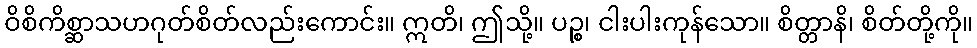
ဝိစိကိစ္ဆာသဟဂုတ်စိတ်လည်းကောင်း။ ဣတိ၊ ဤသို့။ ပဉ္စ၊ ငါးပါးကုန်သော။ စိတ္တာနိ၊ စိတ်တို့ကို။